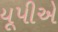
યૂપીએ